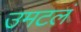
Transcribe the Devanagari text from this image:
उमटलं